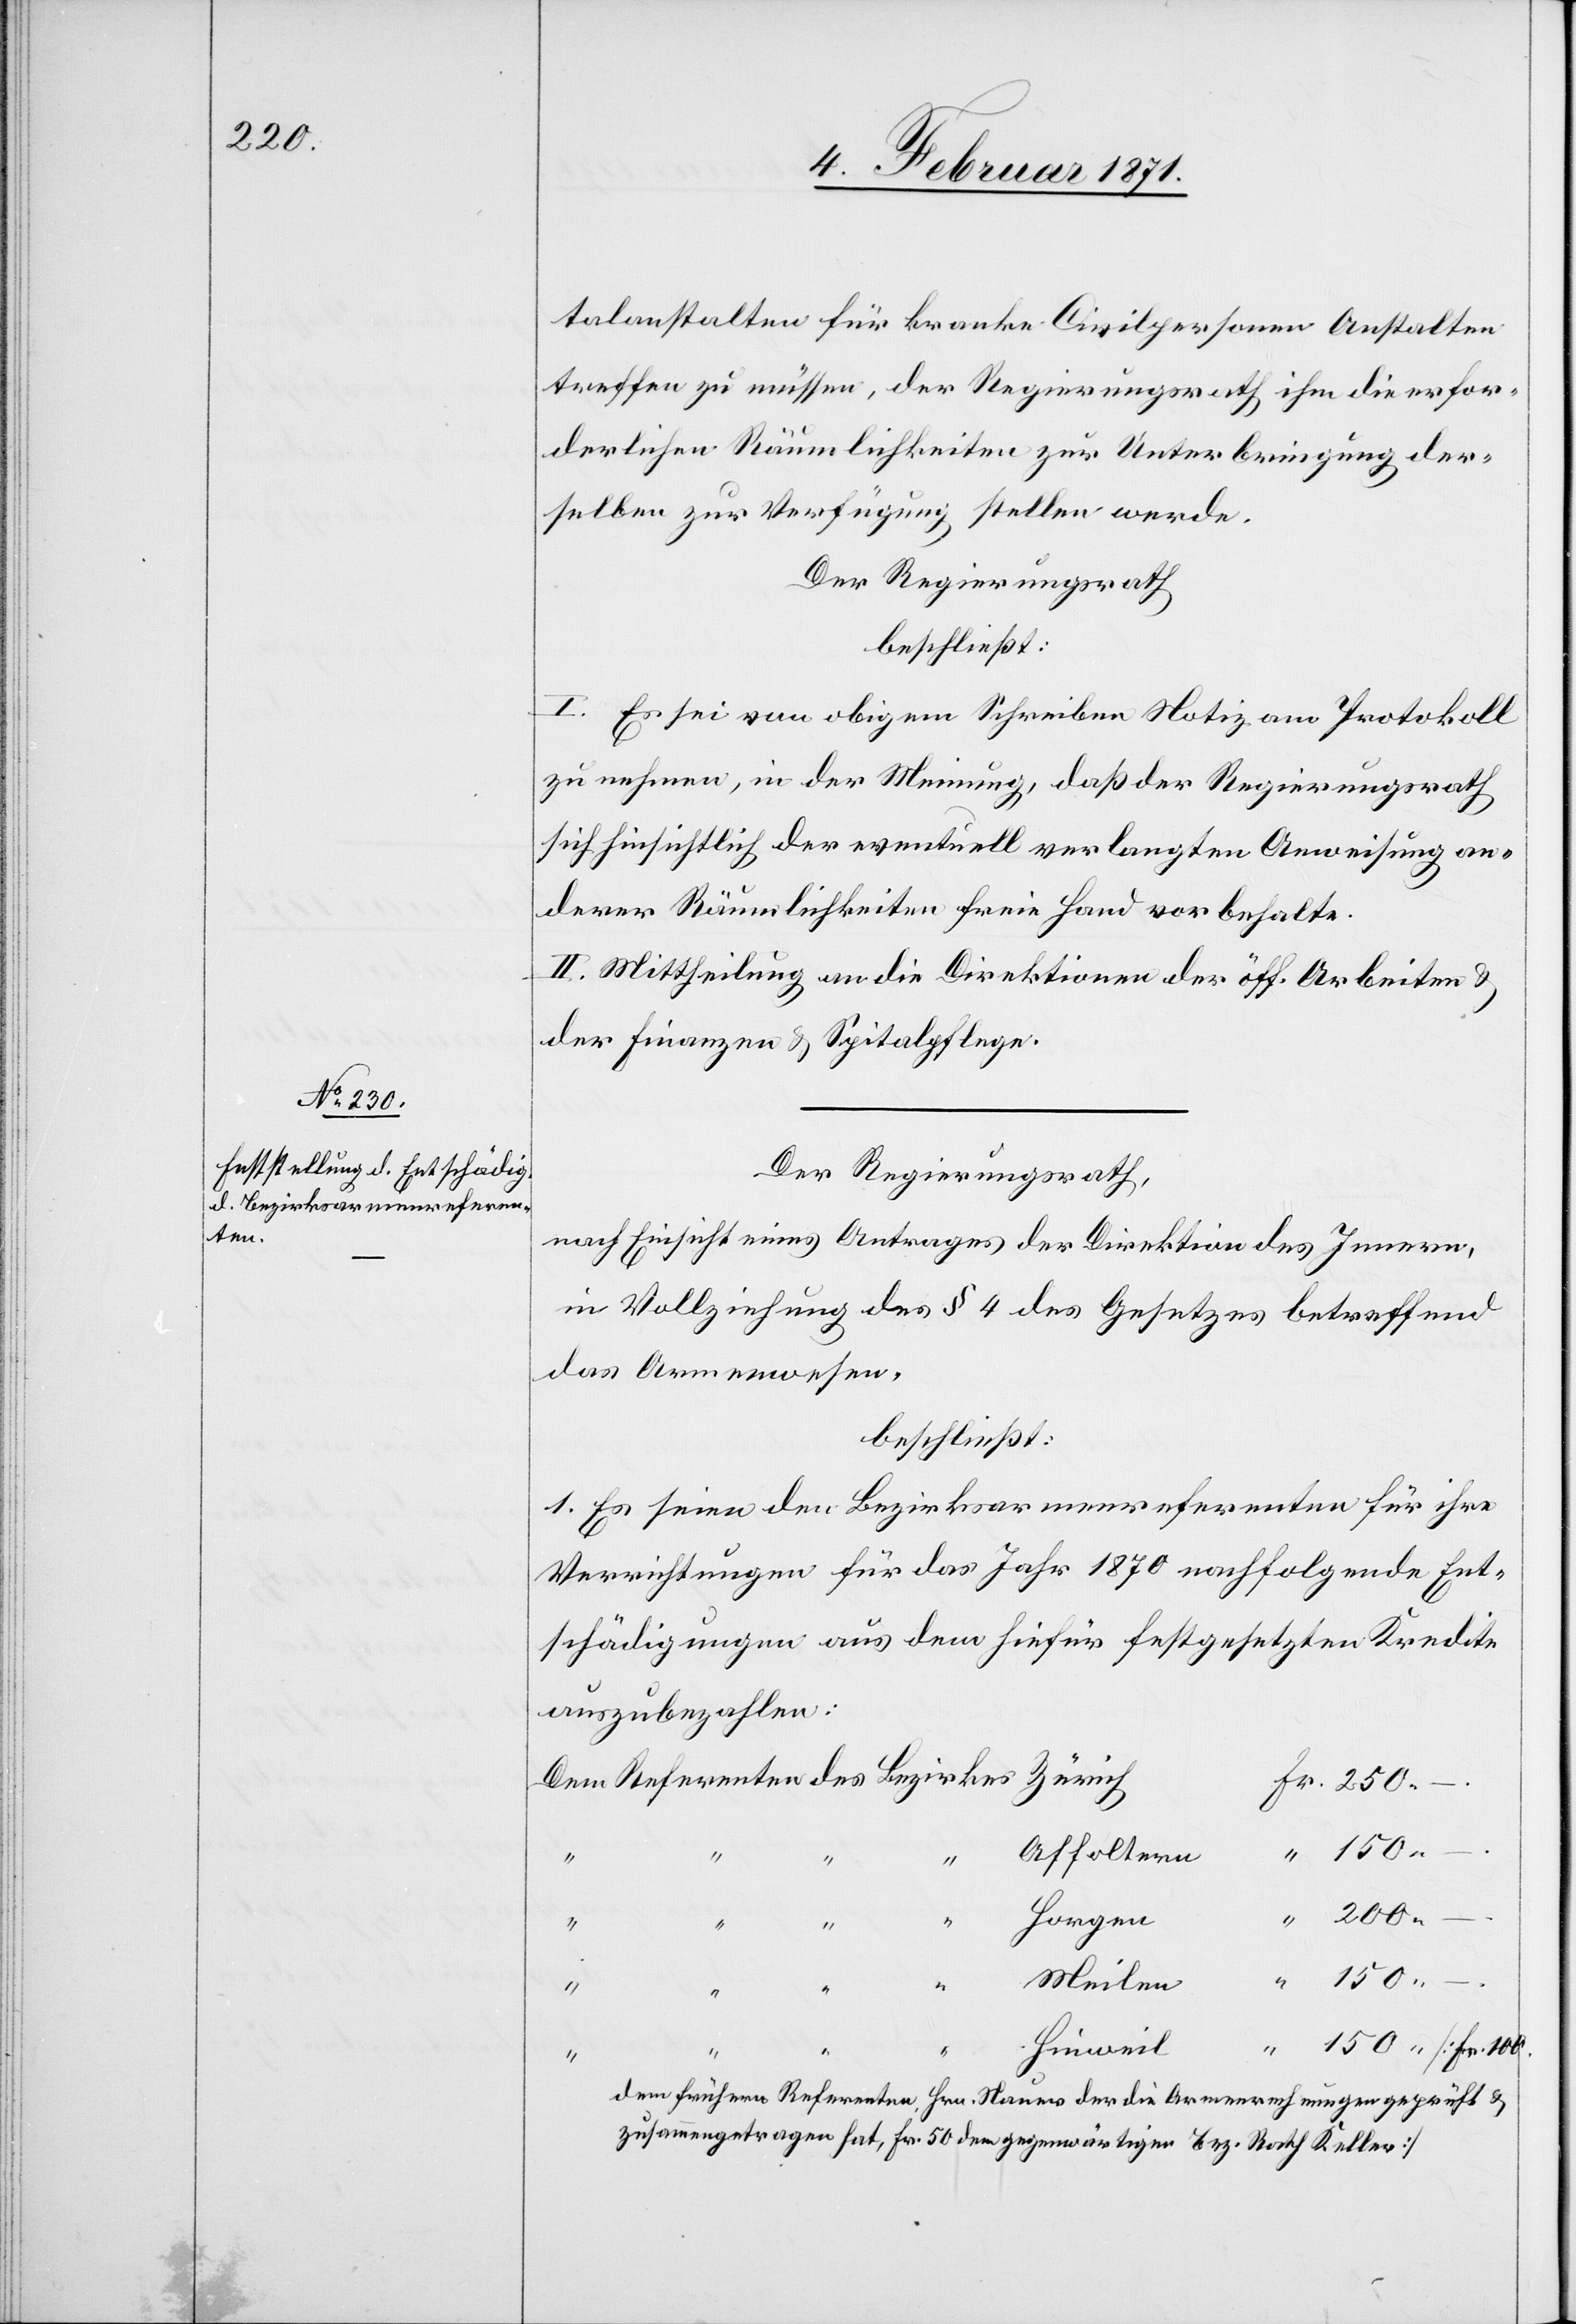
talanstalten für kranke Civilpersonen Anstalten
treffen zu müssen, der Regierungsrath ihm die erfor¬
derlichen Räumlichkeiten zur Unterbringung der¬
selben zur Verfügung stellen werde.
Der Regierungsrath
beschließt:
I. Es sei von obigem Schreiben Notiz am Protokoll
zu nehmen, in der Meinung, daß der Regierungsrath
sich hinsichtlich der eventuell verlangten Anweisung an¬
derer Räumlichkeiten freie Hand vorbehalte.
II. Mittheilung an die Direktion der öff. Arbeiten u.
der Finanzen u. Spitalpflege.
Der Regierungsrath
nach Einsicht eines Antrages der Direktion des Innern,
in Vollziehung des § 4 des Gesetzes betreffend
das Armenwesen,
beschließt:
1. Es seien den Bezirksarmenreferenten für ihre
Verrichtungen für das Jahr 1870 nachfolgende Ent¬
schädigungen aus dem hiefür festgesetzten Kredite
auszubezahlen:
Fr.
Affoltern
dem
200.–
Horgen
150.
“
Meilen
Hinweil
frühern Referenten, Hrn. Nauer der die Armenrechnungen geprüft u.
zusammengetragen hat, Fr. 50 dem gegenwärtigen Bez. Rath Keller]